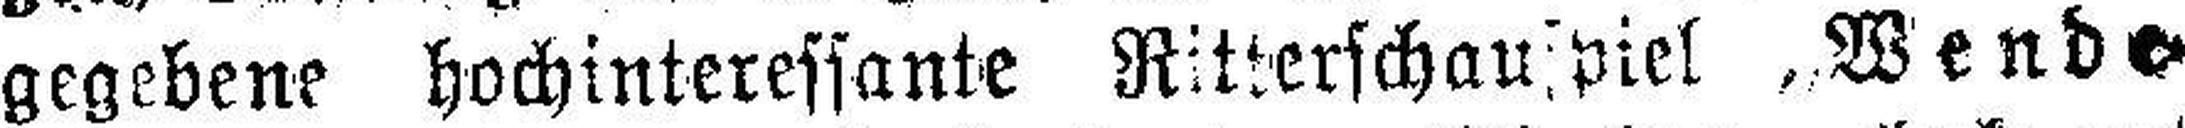
gegebene hochinteressante Ritterschauspiel „Wende¬